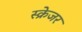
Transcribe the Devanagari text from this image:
स्क्रेजर